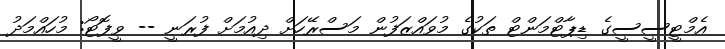
އެމްޓީސީސީގެ ޑިޕާޓްމަންޓް ތަކުގެ މުވައްޒަފުން މަސްރޭހަށް ދިއުމަށް ފުރަނީ -- ވީފޮޓޯ: މުހައްމަދު